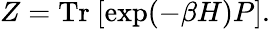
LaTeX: Z=\mathrm{Tr}\ [\exp(-\beta H)P].